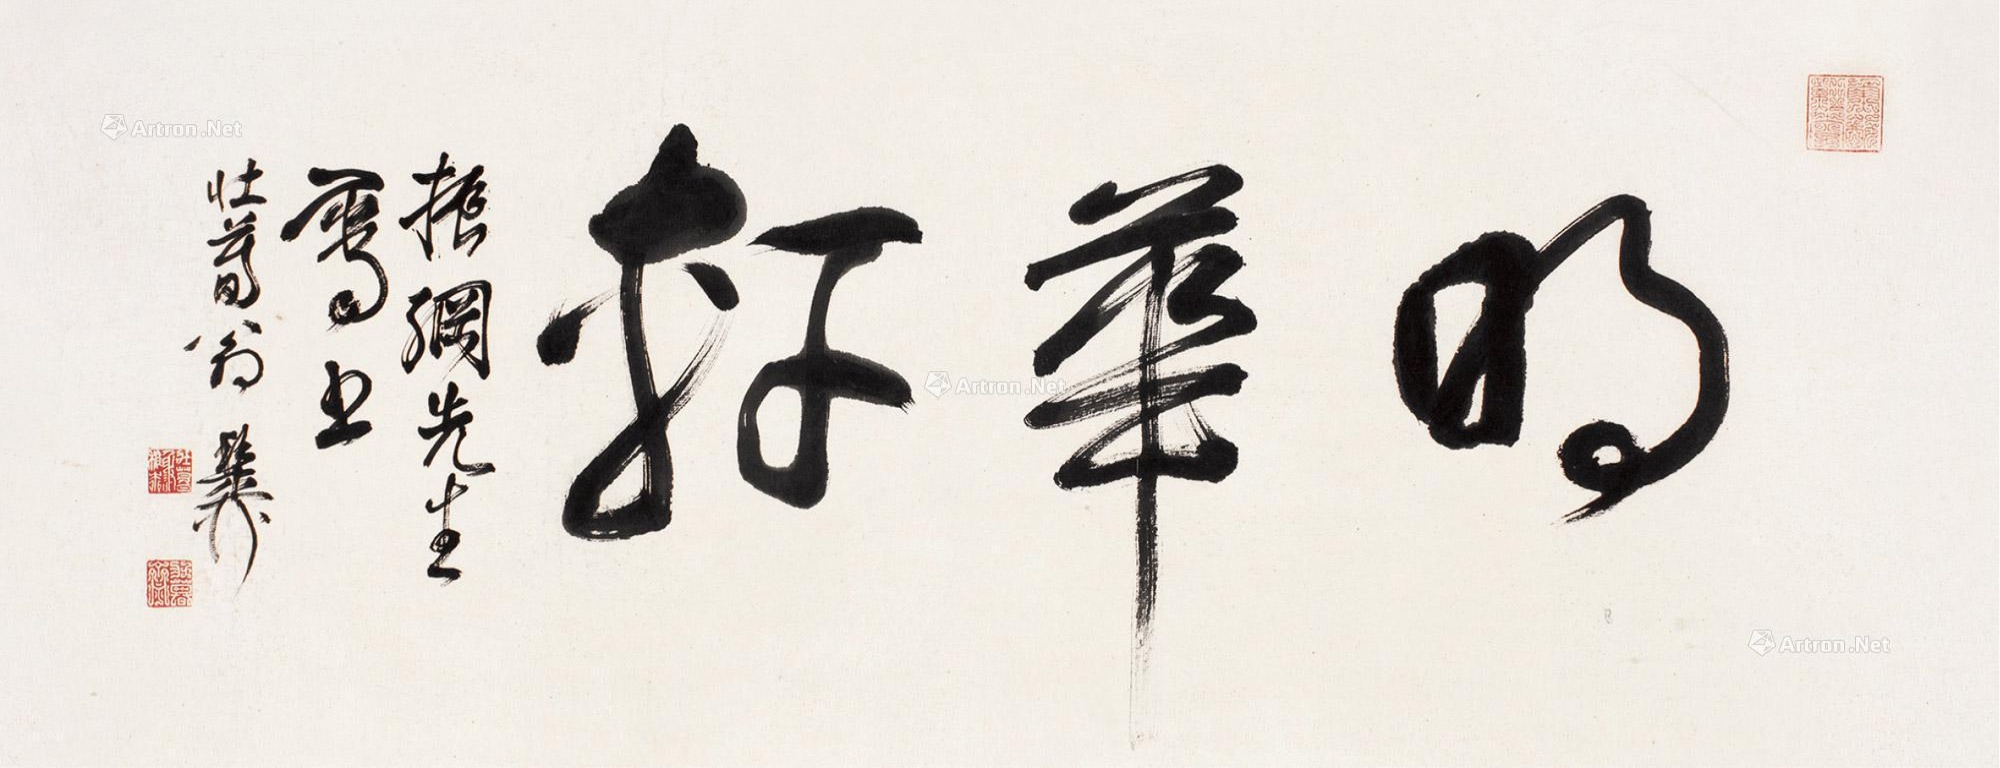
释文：明华轩。振纲先生属书，壮暮翁稚柳。